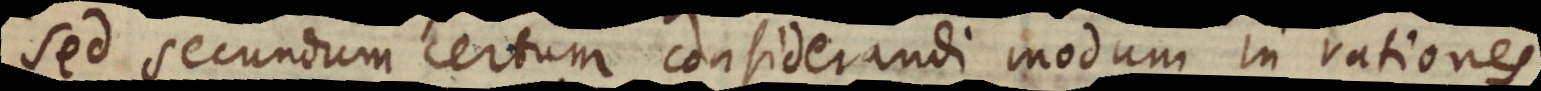
sed secundum certum considerandi modum in rationes